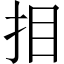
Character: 𢪷